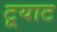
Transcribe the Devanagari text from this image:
टूयाट